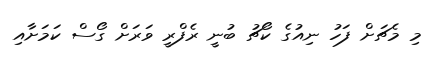
މި މެޗަށް ފަހު ނިއުގެ ކޯޗު ބުނީ ރެފްރީ ވަރަށް ގޯސް ކަމަށާއި